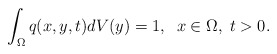
\begin{align*}\int_\Omega q(x,y,t)dV(y)=1,\;\; x\in \Omega ,\; t>0.\end{align*}